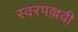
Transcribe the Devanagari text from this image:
स्वरपल्लवी